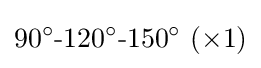
90^{\circ }{\text{-}}120^{\circ }{\text{-}}150^{\circ }~(\times 1)